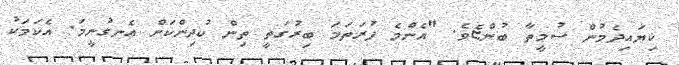
ކިޔައިދެމުން ސުމީތާ ބުންޏެވެ. "އެންމެ ފުރަތަމަ ބިރުގަތީ ތިން ކުދިންކަން އެނގުނީމަ. އެކަމަކު